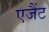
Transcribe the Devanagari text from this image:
एजैंट